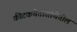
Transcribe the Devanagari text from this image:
कीटकचेतासंस्थेतील